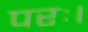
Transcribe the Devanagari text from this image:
परः।